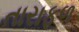
તારાફળ